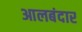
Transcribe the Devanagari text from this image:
आलबंदार